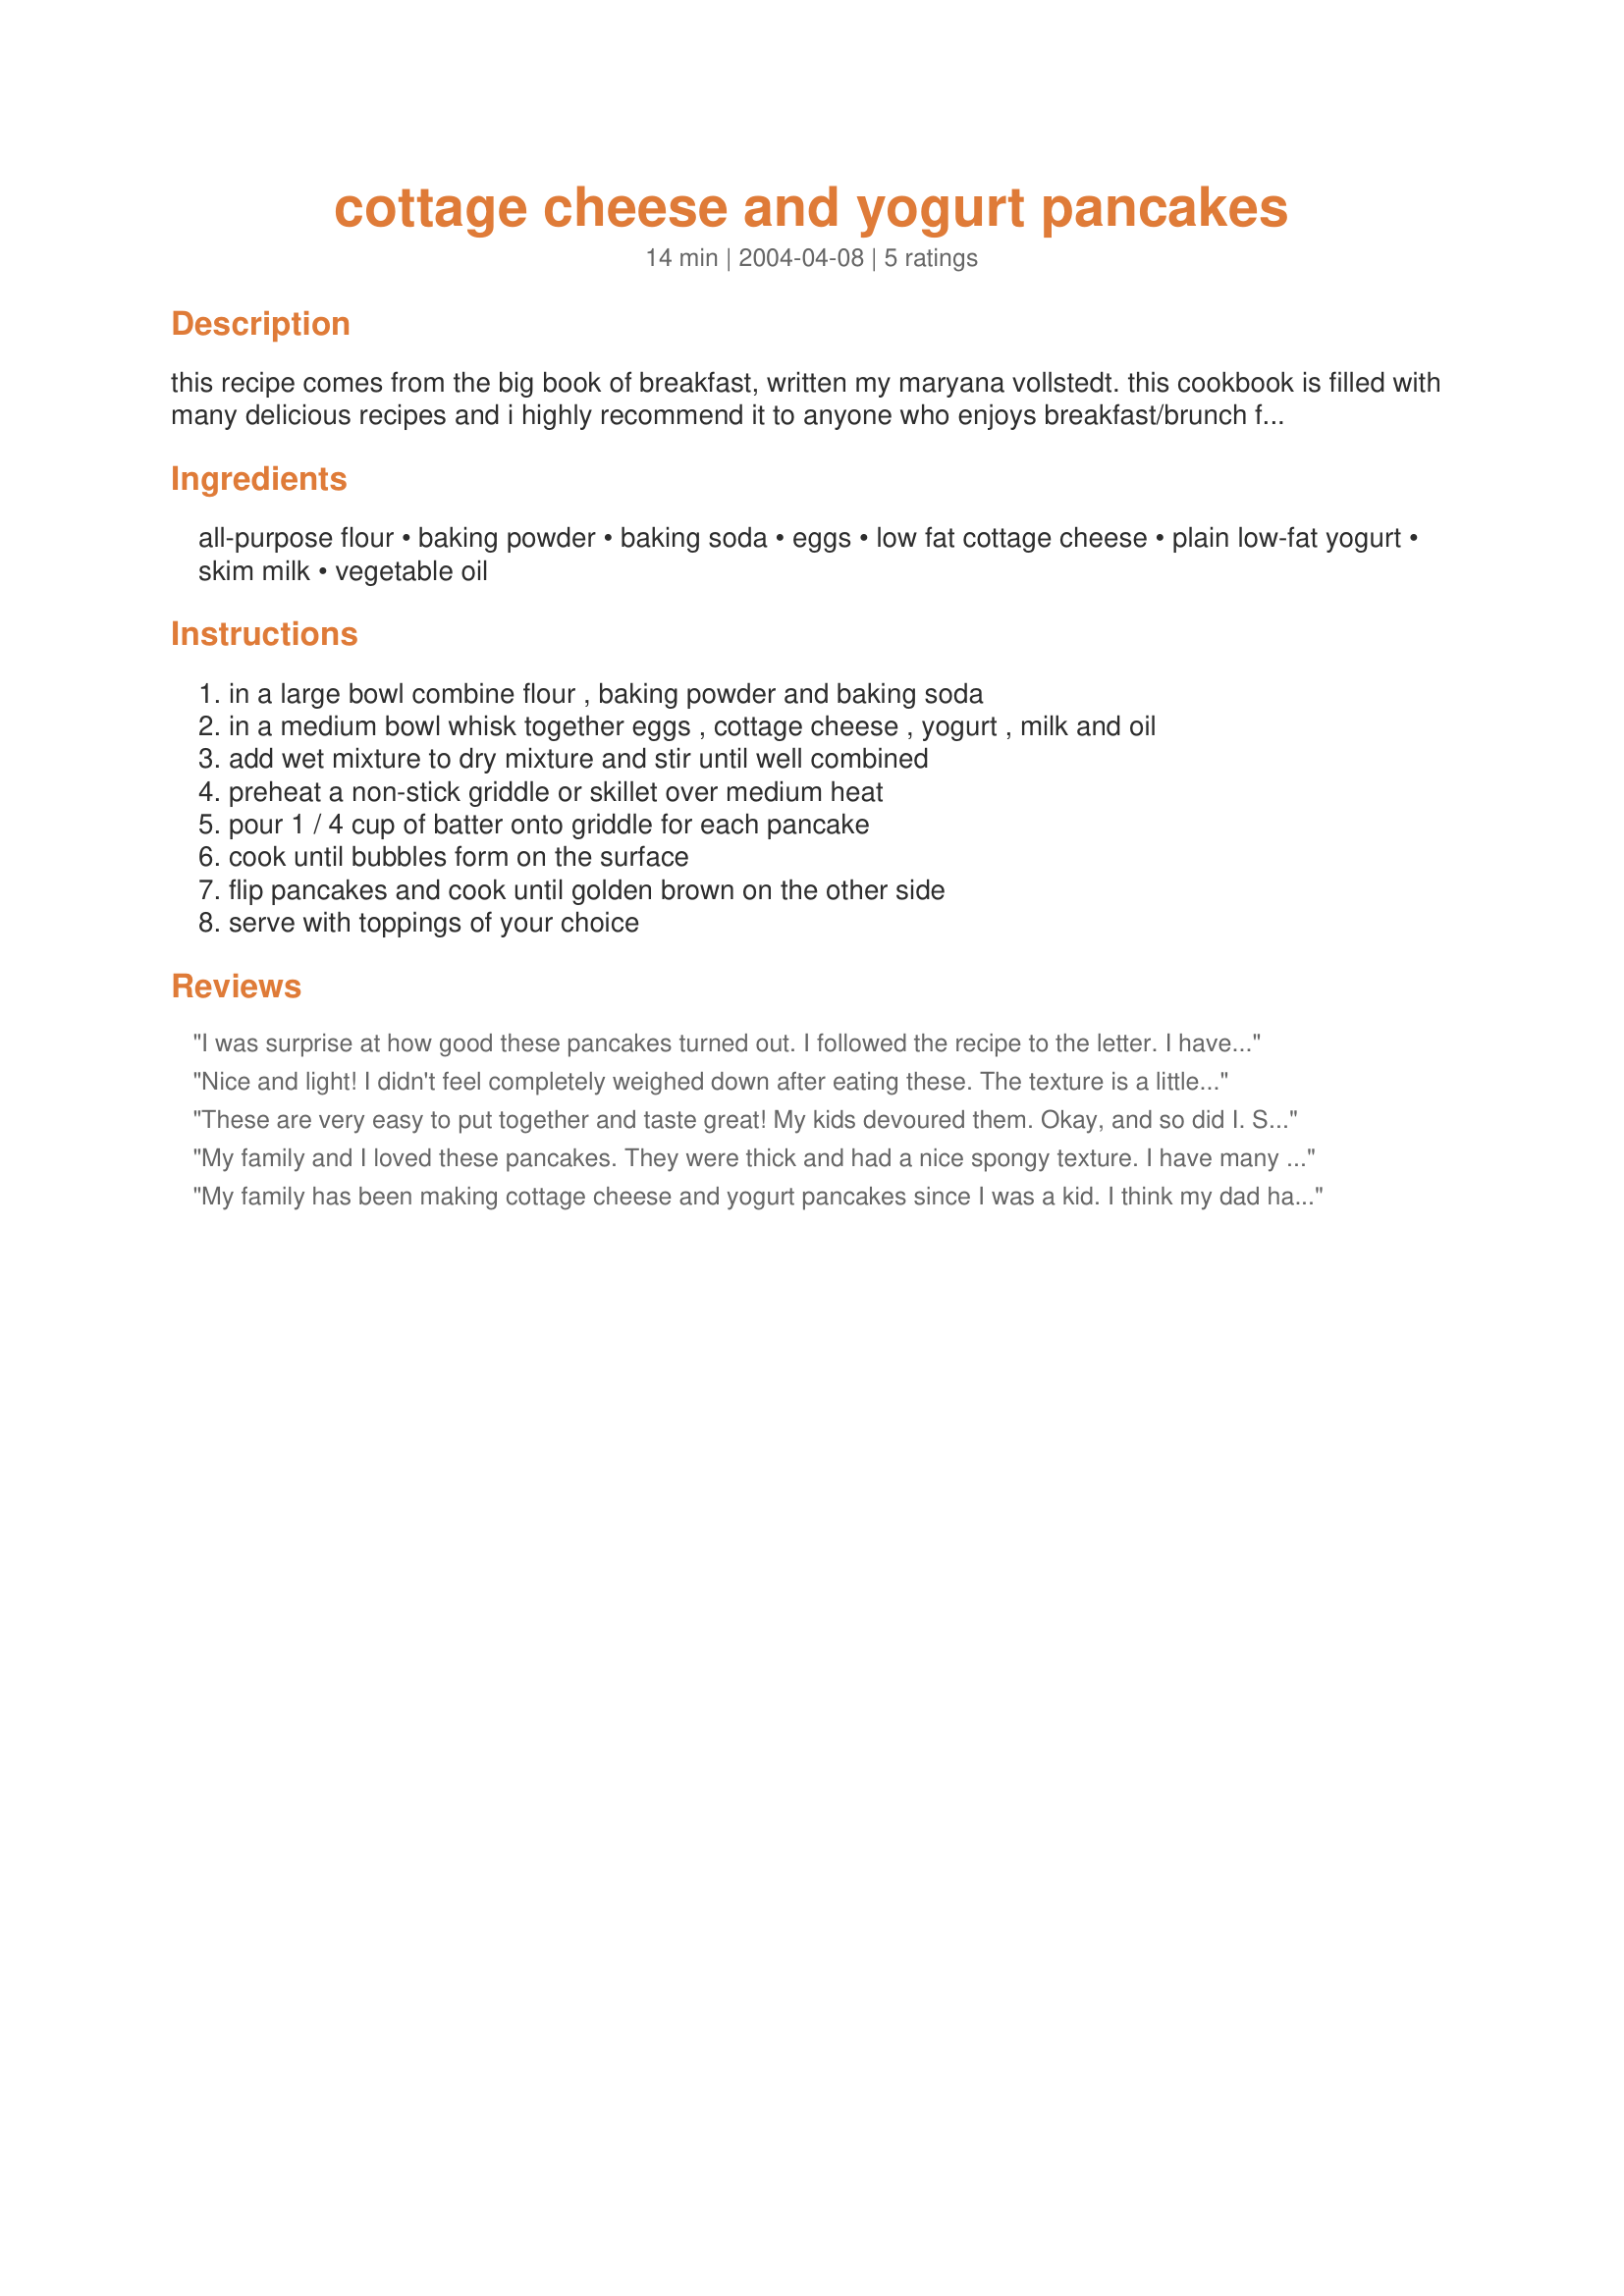
cottage cheese and yogurt pancakes
Preparation time: 14 minutes

this recipe comes from the big book of breakfast, written my maryana vollstedt. this cookbook is filled with many delicious recipes and i highly recommend it to anyone who enjoys breakfast/brunch foods! i serve these pancakes with a mixture of flavoured yogurt and some pure maple syrup.

Ingredients:
all-purpose flour, baking powder, baking soda, eggs, low fat cottage cheese, plain low-fat yogurt, skim milk, vegetable oil

Steps:
in a large bowl combine flour , baking powder and baking soda, in a medium bowl whisk together eggs , cottage cheese , yogurt , milk and oil, add wet mixture to dry mixture and stir until well combined, preheat a non-stick griddle or skillet over medium heat, pour 1 / 4 cup of batter onto griddle for each pancake, cook until bubbles form on the surface, flip pancakes and cook until golden brown on the other side, serve with toppings of your choice

Reviews:
I was surprise at how good these pancakes turned out. I followed the recipe to the letter. I have made them twice &amp; will be making them again.
Nice and light! I didn't feel completely weighed down after eating these. The texture is a little different than regular pancakes, not in a bad way, just different. Thanks for sharing this tasty, healthy recipe.
These are very easy to put together and taste great! My kids devoured them. Okay, and so did I. Served with maple syrup and some jam. Yum. Thanks!
My family and I loved these pancakes. They were thick and had a nice spongy texture. I have many of Ms. Vollstedt's cookbooks and have posted quite a few of her recipes--they have always been successful and delicious. Thanks for posting this one.
My family has been making cottage cheese and yogurt pancakes since I was a kid. I think my dad has the source cookbook. Anyways, I didn't have the recipe written down anywhere so I was glad to find it here. I now have a toddler and he loves pancakes. These little babies are a powerhouse- Lots of protein and calcium yet moist and delicate. I use whole wheat pastry flour instead of AP just for extra healthiness and the kiddo loves them with blueberries added in. Mom and Toddler approved!
